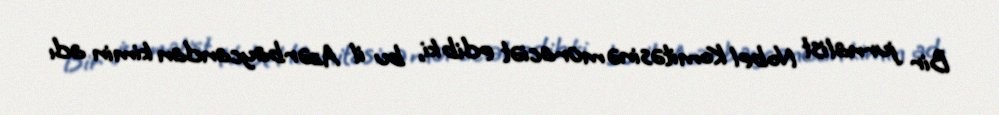
Bir jurnalist Nobel Komitəsinə müraciət edib ki, bu il Azərbaycandan kimin adı